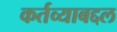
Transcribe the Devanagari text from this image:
कर्तव्याबद्दल